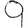
Digit: 9